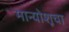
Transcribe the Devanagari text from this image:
मान्योशूचा